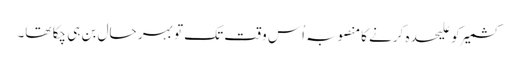
کشمیر کو علیحدہ کرنے کامنصوبہ اُس وقت تک تو بہر حال بن ہی چکا تھا۔